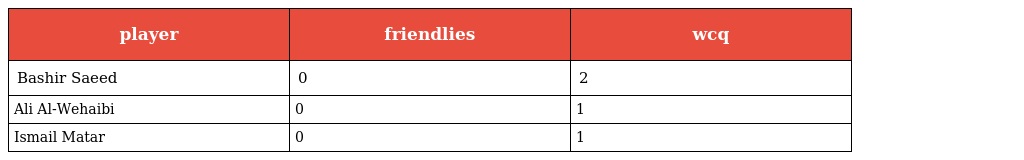
| player | friendlies | wcq |
 | --- | --- | --- |
 | Bashir Saeed | 0 | 2 |
 | Ali Al-Wehaibi | 0 | 1 |
 | Ismail Matar | 0 | 1 |